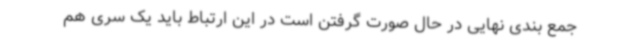
جمع بندی نهایی در حال صورت گرفتن است در این ارتباط باید یک سری هم